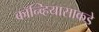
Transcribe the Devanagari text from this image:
कॉन्व्हियासाकडे